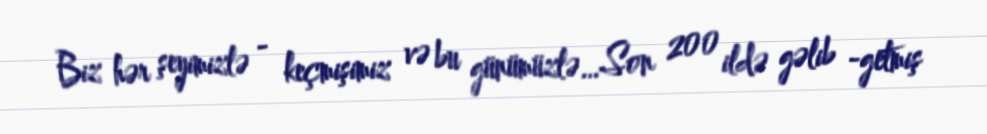
Biz hər şeyimizlə - keçmişimiz və bu günümüzlə…Son 200 ildə gəlib -getmiş